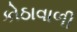
કોઠાવાળી